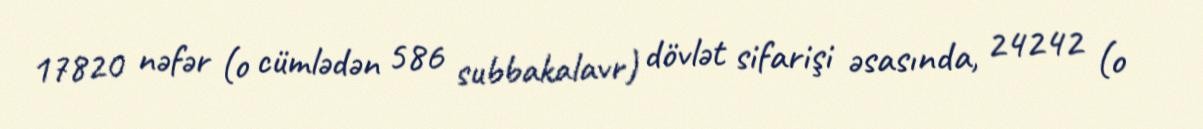
17820 nəfər (o cümlədən 586 subbakalavr) dövlət sifarişi əsasında, 24242 (o